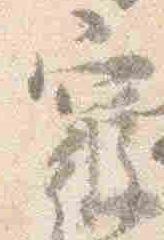
寝